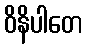
ဝိနိပါတေ